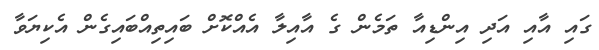
ގައި އާއި އަދި އިންޑިއާ ތަމެން ގެ އާއިލާ އެއްކޮށް ބައިތިއްބައިގެން އެކިޔަވާ